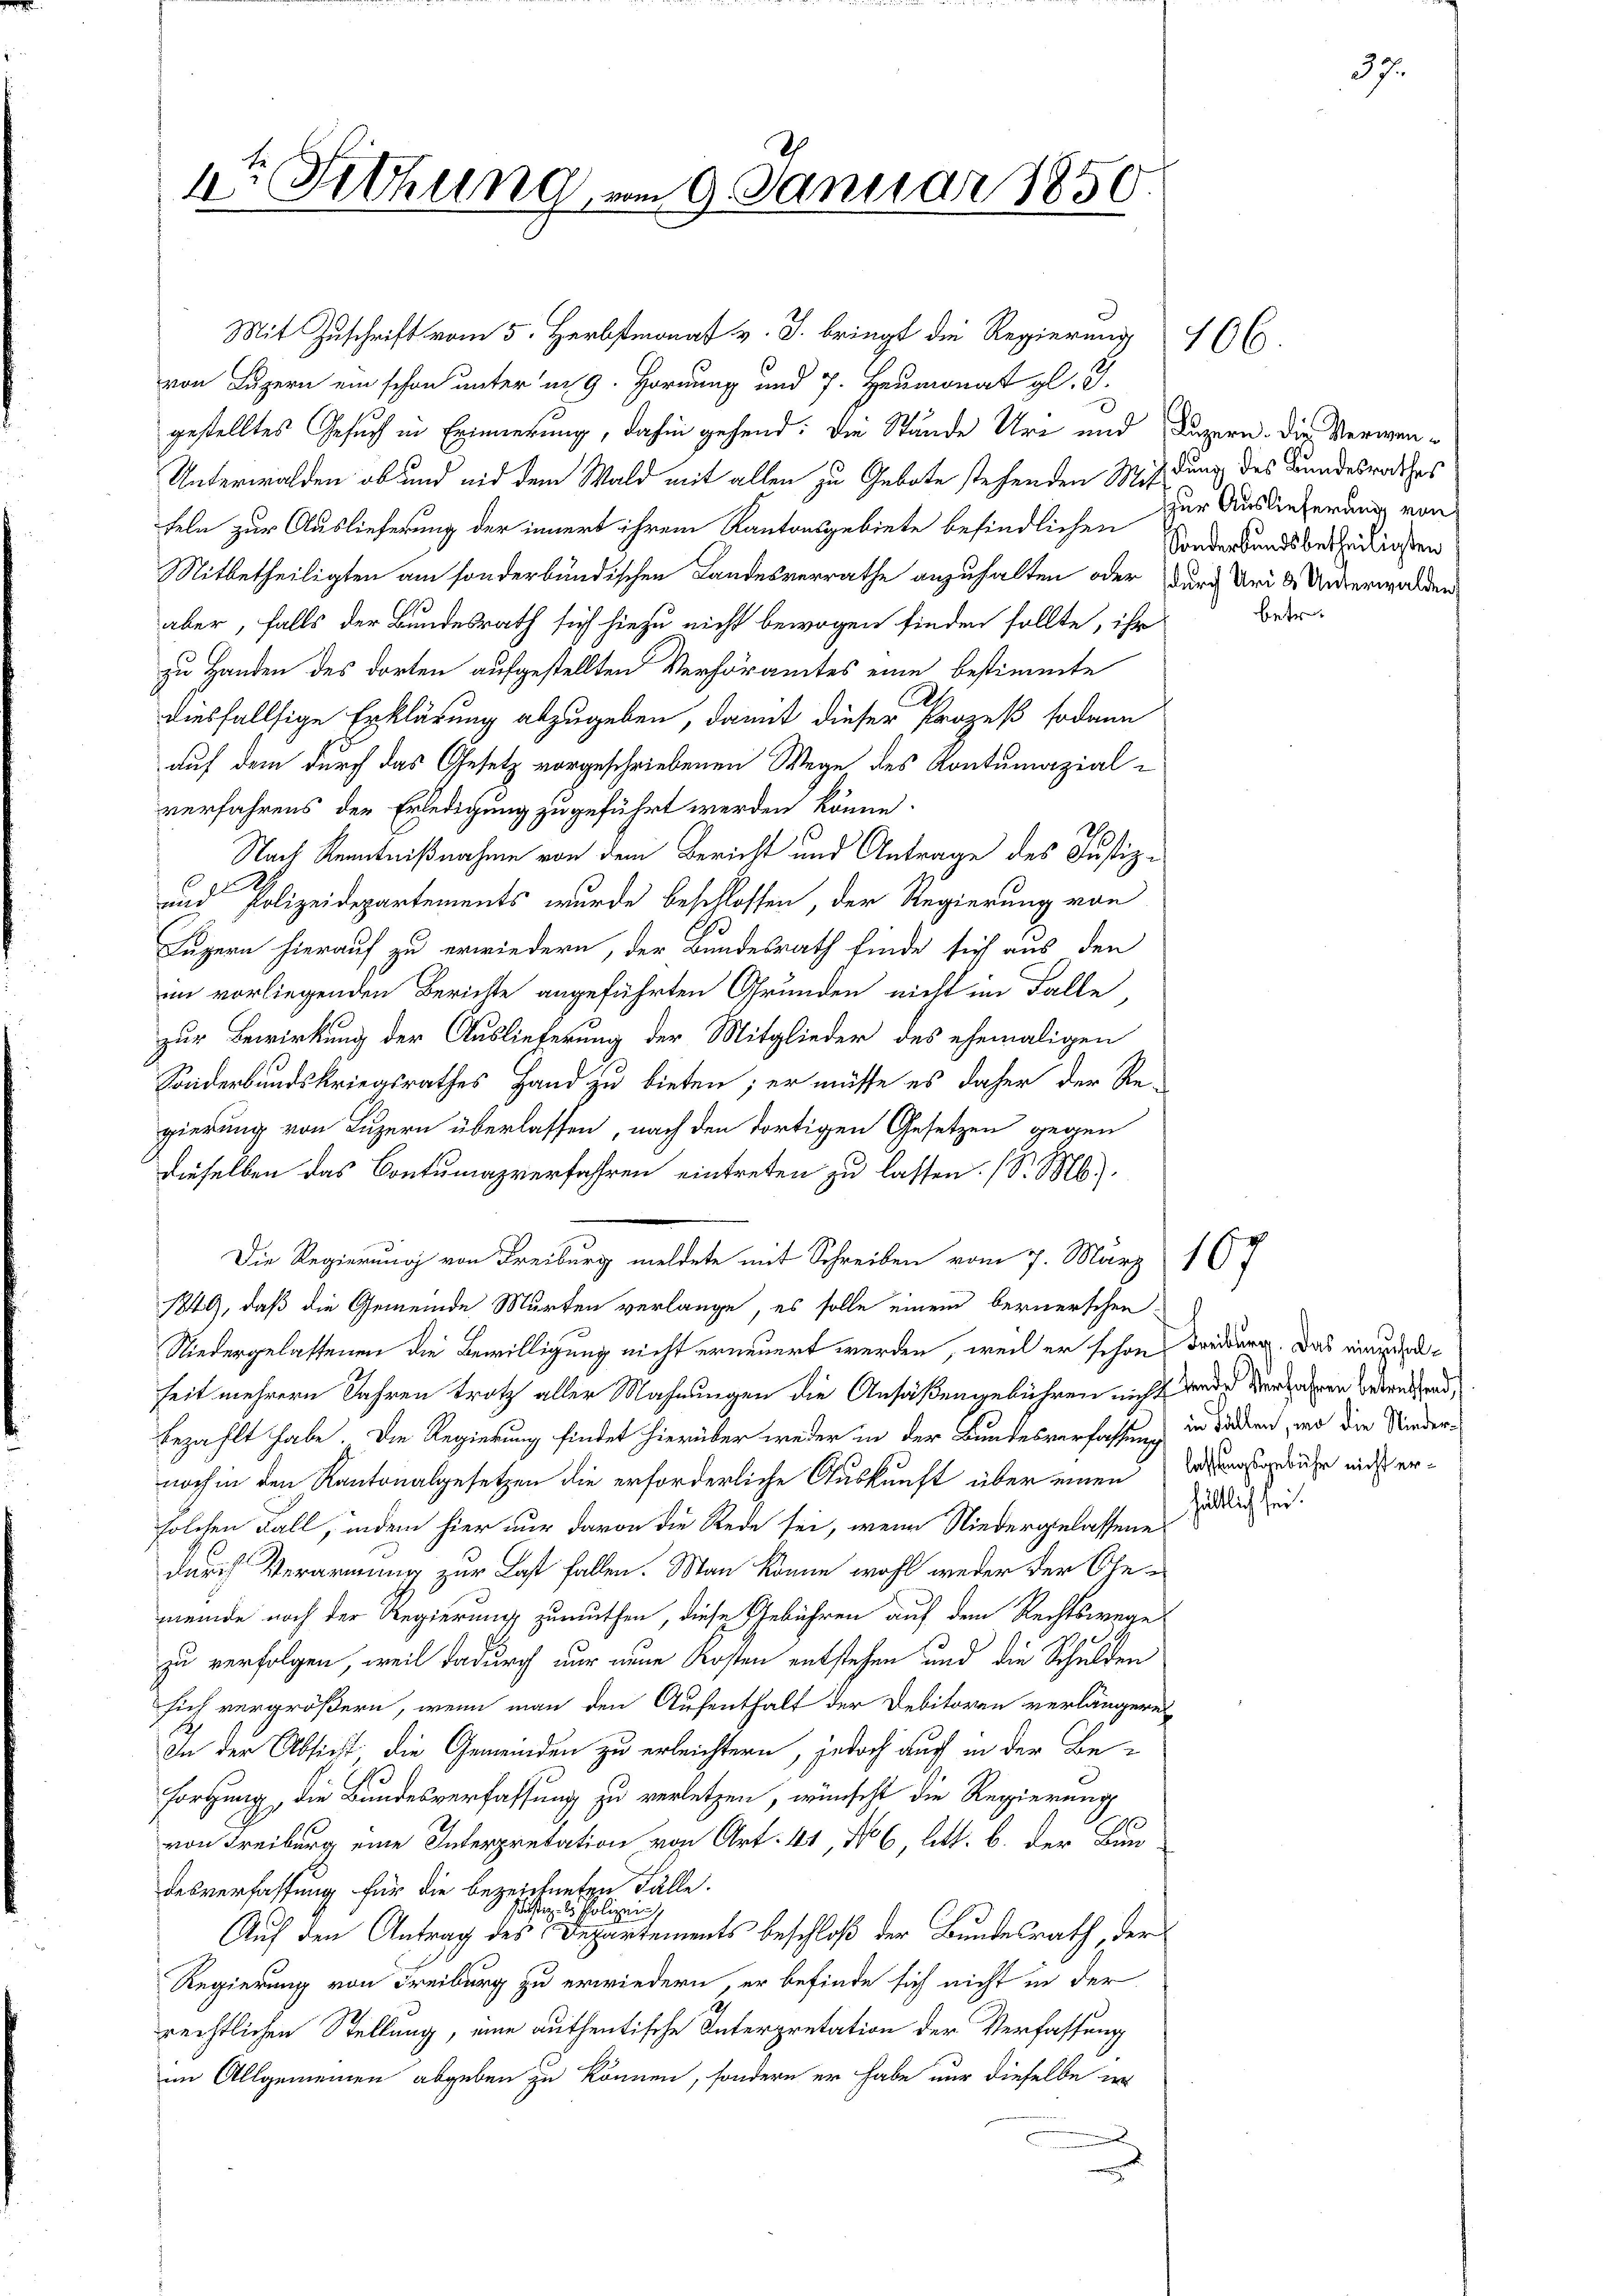
1te Sitzung, am 9. Januar 1850

Mit Zuschrift vom 5. Herbstmonat v. J. bringt die Regierung 16 (
von Luzern ein schon unter im 9. Hornung und 7. Heumonat gl. J.
gestelltes Gesuch in Erinnerung, dahin gehend: die Stände Ure und Luzern. Die Verwen¬
Unterwalden ob und nid dem Wald mit allen zu Gebote stehenden Mißdung des Bundesrathes
teln zur Auslieferung der innert ihrem Kantonsgebiete befindlichen Norderbundsbetheiliosen
Mitbetheiligten am sonderbündischen Landesverrathe anzuhalten oder Durch Uri & Unterwalden
aber, falls der Bundesrath sich hiezu nicht bewogen finden sollte, ihr
zu Handen des dorten aufgestellten Verhöramtes eine bestimmte
diesfallsige Erklärung abzugeben, damit dieser Prozeß sodann
auf dem durch das Gesetz vorgeschriebenen Wege des Kontumazialverfahrens der Erledigung zugeführt werden könne
.
Nach Kenntnißnahme von dem Bericht und Antrage des Justiz-
und Polizeidepartements wurde beschlossen, der Regierung von
Luzern hierauf zu erwiedern, der Bundesrath finde sich aus den
im vorliegenden Berichte angeführten Grunden nicht im Falle
zur Bewirkung der Auslieferung der Mitglieder des ehemaligen
Sonderbundskriegsrathes Hand zu bieten; er müsse es daher der Re-
gierung von Luzern überlassen, nach den dortigen Gesetzen gegen
dieselben das Contumazverfahren eintreten zu lassen. (S. M.
Die Regierung von Freiburg meldete mit Schreiben vom 7. März 167
149, daß die Gemeinde Murten verlange, es solle einem bernerschen-
Niedergelassenen die Bewilligung nicht erneuert werden, weil er schon dreiburg. Das minus adheit mehrern Jahren trotz aller Mahnungen die Ansäßengebühren nicht ande Verfahren Bedenstand,
bezahlt habe. Die Regierung findet hierüber weder in der Bundesverfassung in diesen, wo die Niedernoch in den Kantonalgesetzen die erforderliche Auskunft über einen Vorstgebühr nicht ersolchen Fall, indem hier nur davon die Rede sei, wenn Niedergelassene
durch Verarmung zur Last fallen. Man könne wohl weder der Gemeinde noch der Regierung zumuthen, diese Gebühren auf dem Rechtswege
zu verfolgen, weil dadurch nur eine Kosten entstehen und die Schulden
sich vergrößern, wenn man den Aufenthalt der Debitoren verlängere
In der Absicht die Gemeinden zu erleichtern, jedoch auch in der Be-
Forgung, die Bundesverfassung zu verletzen, wünscht die Regierung
von Freiburg eine Interpretation von Art. 41, No 6, litt. b. der Bundesverfassung für die bezeichneten Fälle.
stige Polizei
Auf den Antrag des Departements beschloß der Bundesrath, der
Regierung von Freiburg zu erwiedern, er befinde sich nicht in der
rechtlichen Stellung, eine authentische Interpretation der Verfassung
im Allgemeinen abgeben zu können, sondern er habe nur dieselbe er
e
m

zur Auslieferung von

37.

betref

hältlich sei.